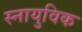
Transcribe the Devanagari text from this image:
स्नायुविक